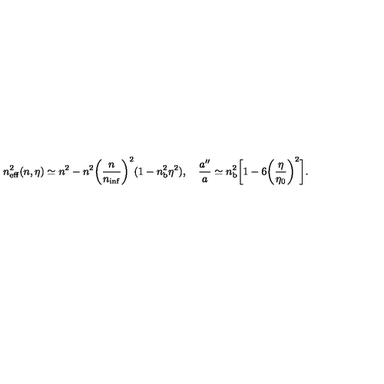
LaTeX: n _ { \mathrm { e f f } } ^ { 2 } ( n , \eta ) \simeq n ^ { 2 } - n ^ { 2 } \biggl ( \frac { n } { n _ { \mathrm { i n f } } } \biggr ) ^ { 2 } ( 1 - n _ { \mathrm { b } } ^ { 2 } \eta ^ { 2 } ) , \quad \frac { a ^ { \prime \prime } } { a } \simeq n _ { \mathrm { b } } ^ { 2 } \biggl [ 1 - 6 \biggl ( \frac { \eta } { \eta _ { 0 } } \biggr ) ^ { 2 } \biggr ] .